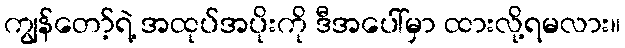
ကျွန်တော့်ရဲ့ အထုပ်အပိုးကို ဒီအပေါ်မှာ ထားလို့ရမလား။